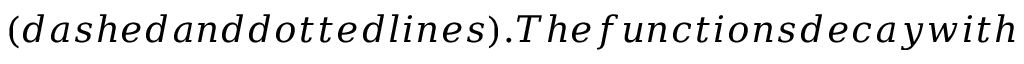
( d a s h e d a n d d o t t e d l i n e s ) . T h e f u n c t i o n s d e c a y w i t h